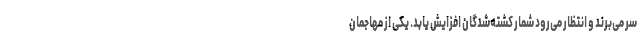
سر می‌برند و انتظار می‌رود شمار کشته‌شدگان افزایش یابد. یکی از مهاجمان